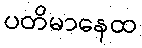
ပတိမာနေထ